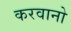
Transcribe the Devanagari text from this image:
करवानो